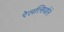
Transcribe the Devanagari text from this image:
रेलत्सियोने